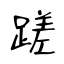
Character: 蹉